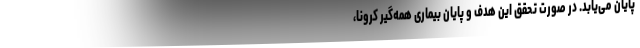
پایان می‌یابد. در صورت تحقق این هدف و پایان بیماری همه‌گیر کرونا،